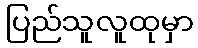
ပြည်သူလူထုမှာ